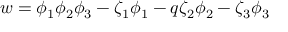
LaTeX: w = \phi _ { 1 } \phi _ { 2 } \phi _ { 3 } - \zeta _ { 1 } \phi _ { 1 } - q \zeta _ { 2 } \phi _ { 2 } - \zeta _ { 3 } \phi _ { 3 }